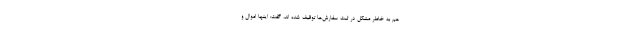
هم به خاطر مشکل در ثبت سفارش‌ها توقیف شده اند، گفت: اینها اموال و